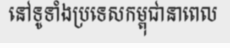
នៅទូទាំងប្រទេសកម្ពុជានាពេល